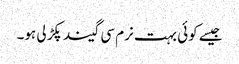
جیسے کوئی بہت نرم سی گیند پکڑ لی ہو۔